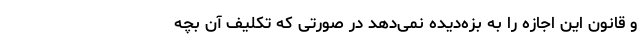
و قانون این اجازه را به بزه‌دیده نمی‌دهد در صورتی که تکلیف آن بچه